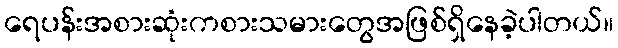
ရေပန်းအစားဆုံးကစားသမားတွေအဖြစ်ရှိနေခဲ့ပါတယ်။